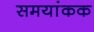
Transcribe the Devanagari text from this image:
समयांकक